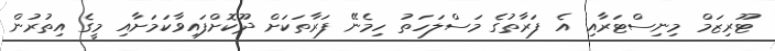
ޓޫރިޒަމް މިނިސްޓަރާއި އެ ފަރާތުގެ މަސްލަހަތު ހިމެނޭ ފަރާތަކަށް ދޫކޮށްފައިވާކަމަށާއި މީގެ އިތުރުން